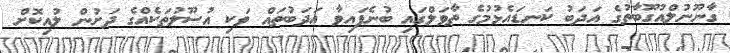
ގާނޫނުލްއުގޫބާތުގެ އަދަބު ކަނޑައެޅުމުގެ ތާވަލްގައި ބުނެފައިވާ އަދަބުތައް ވަކި އުސޫލުތަކެއްގެ ދަށުން ލުއިކޮށް